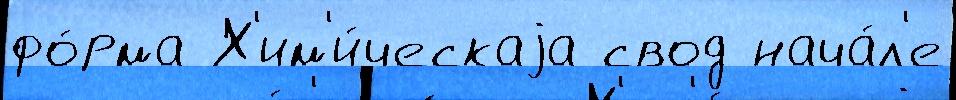
фо́рма Х'им'и́ческаjа свод нача́л'е